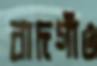
বাদগাঁও